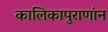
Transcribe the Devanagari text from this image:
कालिकापुराणांन